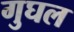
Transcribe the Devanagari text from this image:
गुघल